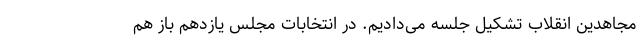
مجاهدین انقلاب تشکیل جلسه می‌دادیم. در انتخابات مجلس یازدهم باز هم